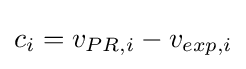
c_{i}=v_{PR,i}-v_{exp,i}